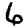
Digit: 6